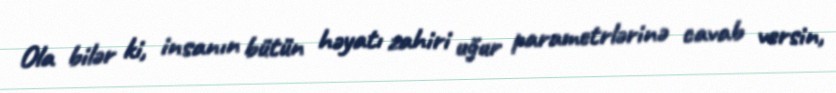
Ola bilər ki, insanın bütün həyatı zahiri uğur parametrlərinə cavab versin,